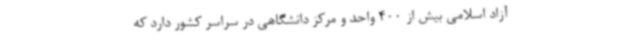
آزاد اسلامی بیش از 400 واحد و مرکز دانشگاهی در سراسر کشور دارد که